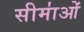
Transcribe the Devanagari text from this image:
सीमा॑ओं